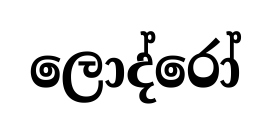
ලොද්රෝ